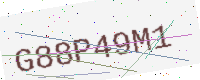
Text: G88P49M1